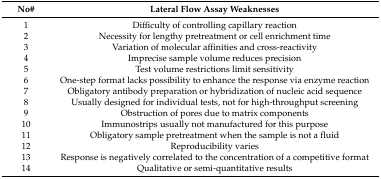
<table><thead><tr><td><b>No#</b></td><td><b>Lateral Flow Assay Weaknesses</b></td></tr></thead><tbody><tr><td>1</td><td>Difficulty of controlling capillary reaction</td></tr><tr><td>2</td><td>Necessity for lengthy pretreatment or cell enrichment time</td></tr><tr><td>3</td><td>Variation of molecular affinities and cross-reactivity</td></tr><tr><td>4</td><td>Imprecise sample volume reduces precision</td></tr><tr><td>5</td><td>Test volume restrictions limit sensitivity</td></tr><tr><td>6</td><td>One-step format lacks possibility to enhance the response via enzyme reaction</td></tr><tr><td>7</td><td>Obligatory antibody preparation or hybridization of nucleic acid sequence </td></tr><tr><td>8</td><td>Usually designed for individual tests, not for high-throughput screening</td></tr><tr><td>9</td><td>Obstruction of pores due to matrix components</td></tr><tr><td>10</td><td>Immunostrips usually not manufactured for this purpose</td></tr><tr><td>11</td><td>Obligatory sample pretreatment when the sample is not a fluid</td></tr><tr><td>12</td><td>Reproducibility varies</td></tr><tr><td>13</td><td>Response is negatively correlated to the concentration of a competitive format</td></tr><tr><td>14</td><td>Qualitative or semi-quantitative results</td></tr></tbody></table>